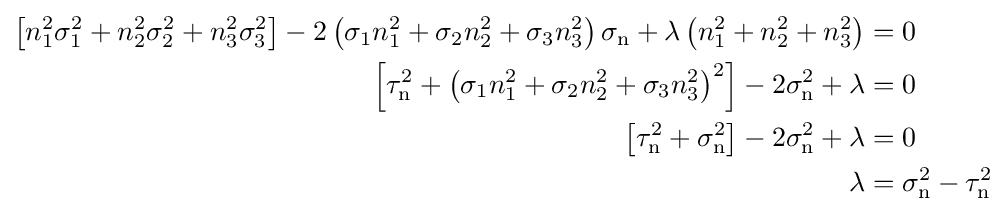
{\begin{aligned}\left[n_{1}^{2}\sigma _{1}^{2}+n_{2}^{2}\sigma _{2}^{2}+n_{3}^{2}\sigma _{3}^{2}\right]-2\left(\sigma _{1}n_{1}^{2}+\sigma _{2}n_{2}^{2}+\sigma _{3}n_{3}^{2}\right)\sigma _{\mathrm {n} }+\lambda \left(n_{1}^{2}+n_{2}^{2}+n_{3}^{2}\right)&=0\\\left[\tau _{\mathrm {n} }^{2}+\left(\sigma _{1}n_{1}^{2}+\sigma _{2}n_{2}^{2}+\sigma _{3}n_{3}^{2}\right)^{2}\right]-2\sigma _{\mathrm {n} }^{2}+\lambda &=0\\\left[\tau _{\mathrm {n} }^{2}+\sigma _{\mathrm {n} }^{2}\right]-2\sigma _{\mathrm {n} }^{2}+\lambda &=0\\\lambda &=\sigma _{\mathrm {n} }^{2}-\tau _{\mathrm {n} }^{2}\end{aligned}}